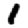
Digit: 1